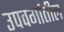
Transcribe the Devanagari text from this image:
उपवर्गातील